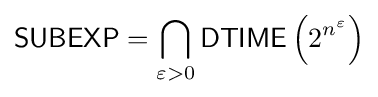
{\textsf {SUBEXP}}=\bigcap _{\varepsilon >0}{\textsf {DTIME}}\left(2^{n^{\varepsilon }}\right)